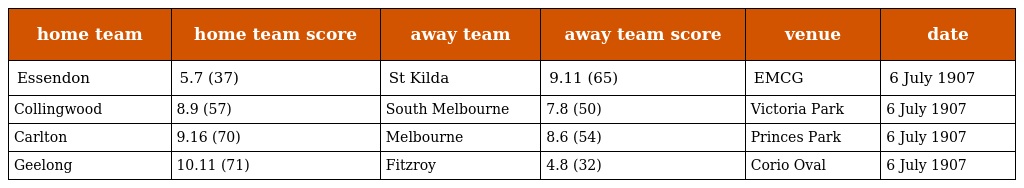
| home team | home team score | away team | away team score | venue | date |
 | --- | --- | --- | --- | --- | --- |
 | Essendon | 5.7 (37) | St Kilda | 9.11 (65) | EMCG | 6 July 1907 |
 | Collingwood | 8.9 (57) | South Melbourne | 7.8 (50) | Victoria Park | 6 July 1907 |
 | Carlton | 9.16 (70) | Melbourne | 8.6 (54) | Princes Park | 6 July 1907 |
 | Geelong | 10.11 (71) | Fitzroy | 4.8 (32) | Corio Oval | 6 July 1907 |